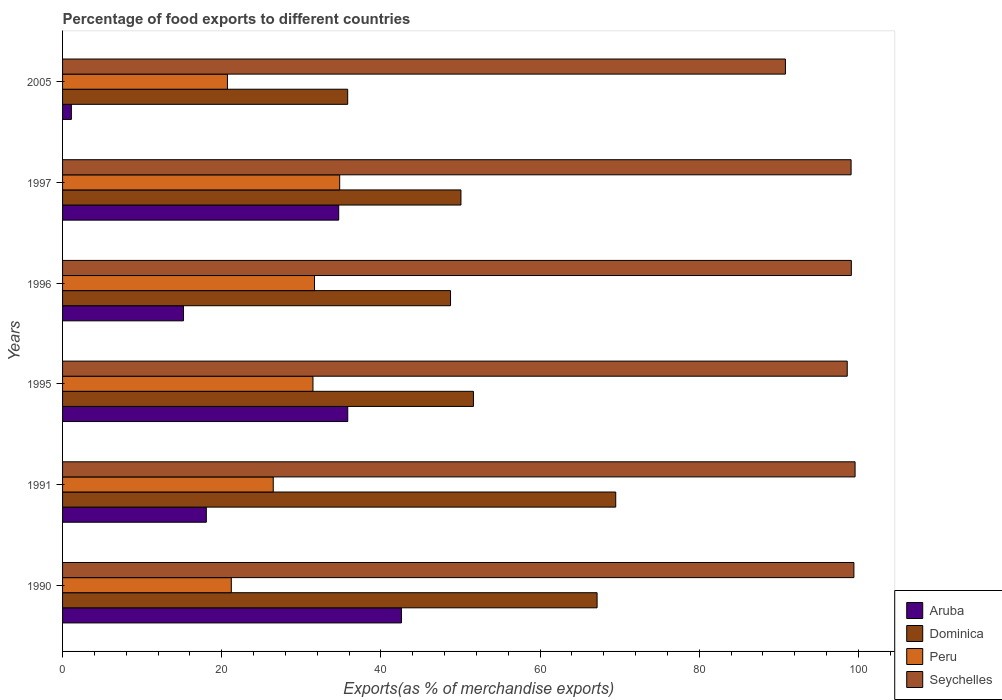
| Years | Aruba | Dominica | Peru | Seychelles |
 | --- | --- | --- | --- | --- |
 | 1990 | 42.6 | 67.2 | 21.2 | 99.4 |
 | 1991 | 18.1 | 69.5 | 26.5 | 99.6 |
 | 1995 | 35.8 | 51.6 | 31.5 | 98.6 |
 | 1996 | 15.2 | 48.7 | 31.7 | 99.1 |
 | 1997 | 34.7 | 50.1 | 34.8 | 99.1 |
 | 2005 | 1.11 | 35.8 | 20.7 | 90.8 |